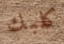
كلبك